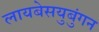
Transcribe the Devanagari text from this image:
लायबेसयुबुंगन